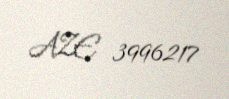
AZE 3996217